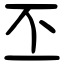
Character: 丕